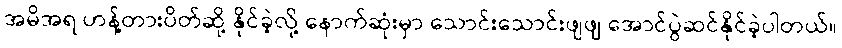
အမိအရ ဟန့်တားပိတ်ဆို့ နိုင်ခဲ့လို့ နောက်ဆုံးမှာ သောင်းသောင်းဖျဖျ အောင်ပွဲဆင်နိုင်ခဲ့ပါတယ်။